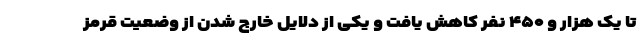
تا یک هزار و ۴۵۰ نفر کاهش یافت و یکی از دلایل خارج شدن از وضعیت قرمز